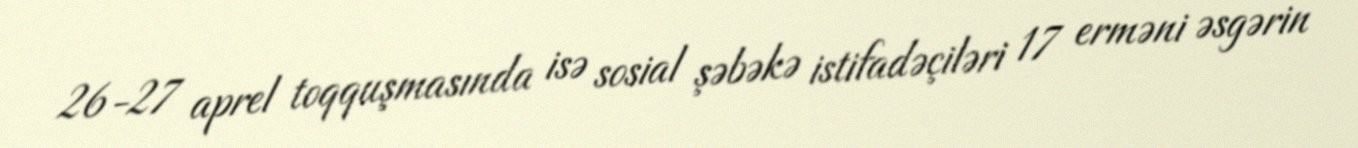
26-27 aprel toqquşmasında isə sosial şəbəkə istifadəçiləri 17 erməni əsgərin